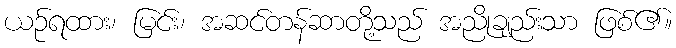
ယဉ်ရထား၊ မြင်း၊ အဆင်တန်ဆာတို့သည် အညိုချည်းသာ ဖြစ်၏။